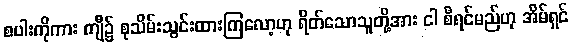
စပါးကိုကား ကျီ၌ စုသိမ်းသွင်းထားကြလော့ဟု ရိတ်သောသူတို့အား ငါ စီရင်မည်ဟု အိမ်ရှင်